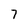
Character: 7